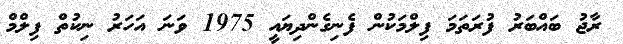
ރާޖު ބައްބަރު ފުރަތަމަ ފިލްމަކުން ފެނިގެންދިޔައީ 1975 ވަނަ އަހަރު ނިކުތް ފިލްމް